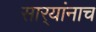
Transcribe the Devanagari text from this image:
सार्‍यांनाच